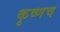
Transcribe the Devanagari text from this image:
कृष्णच